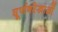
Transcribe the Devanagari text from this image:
घूर्णनरेखाओं